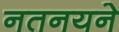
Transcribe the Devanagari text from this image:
नतनयने